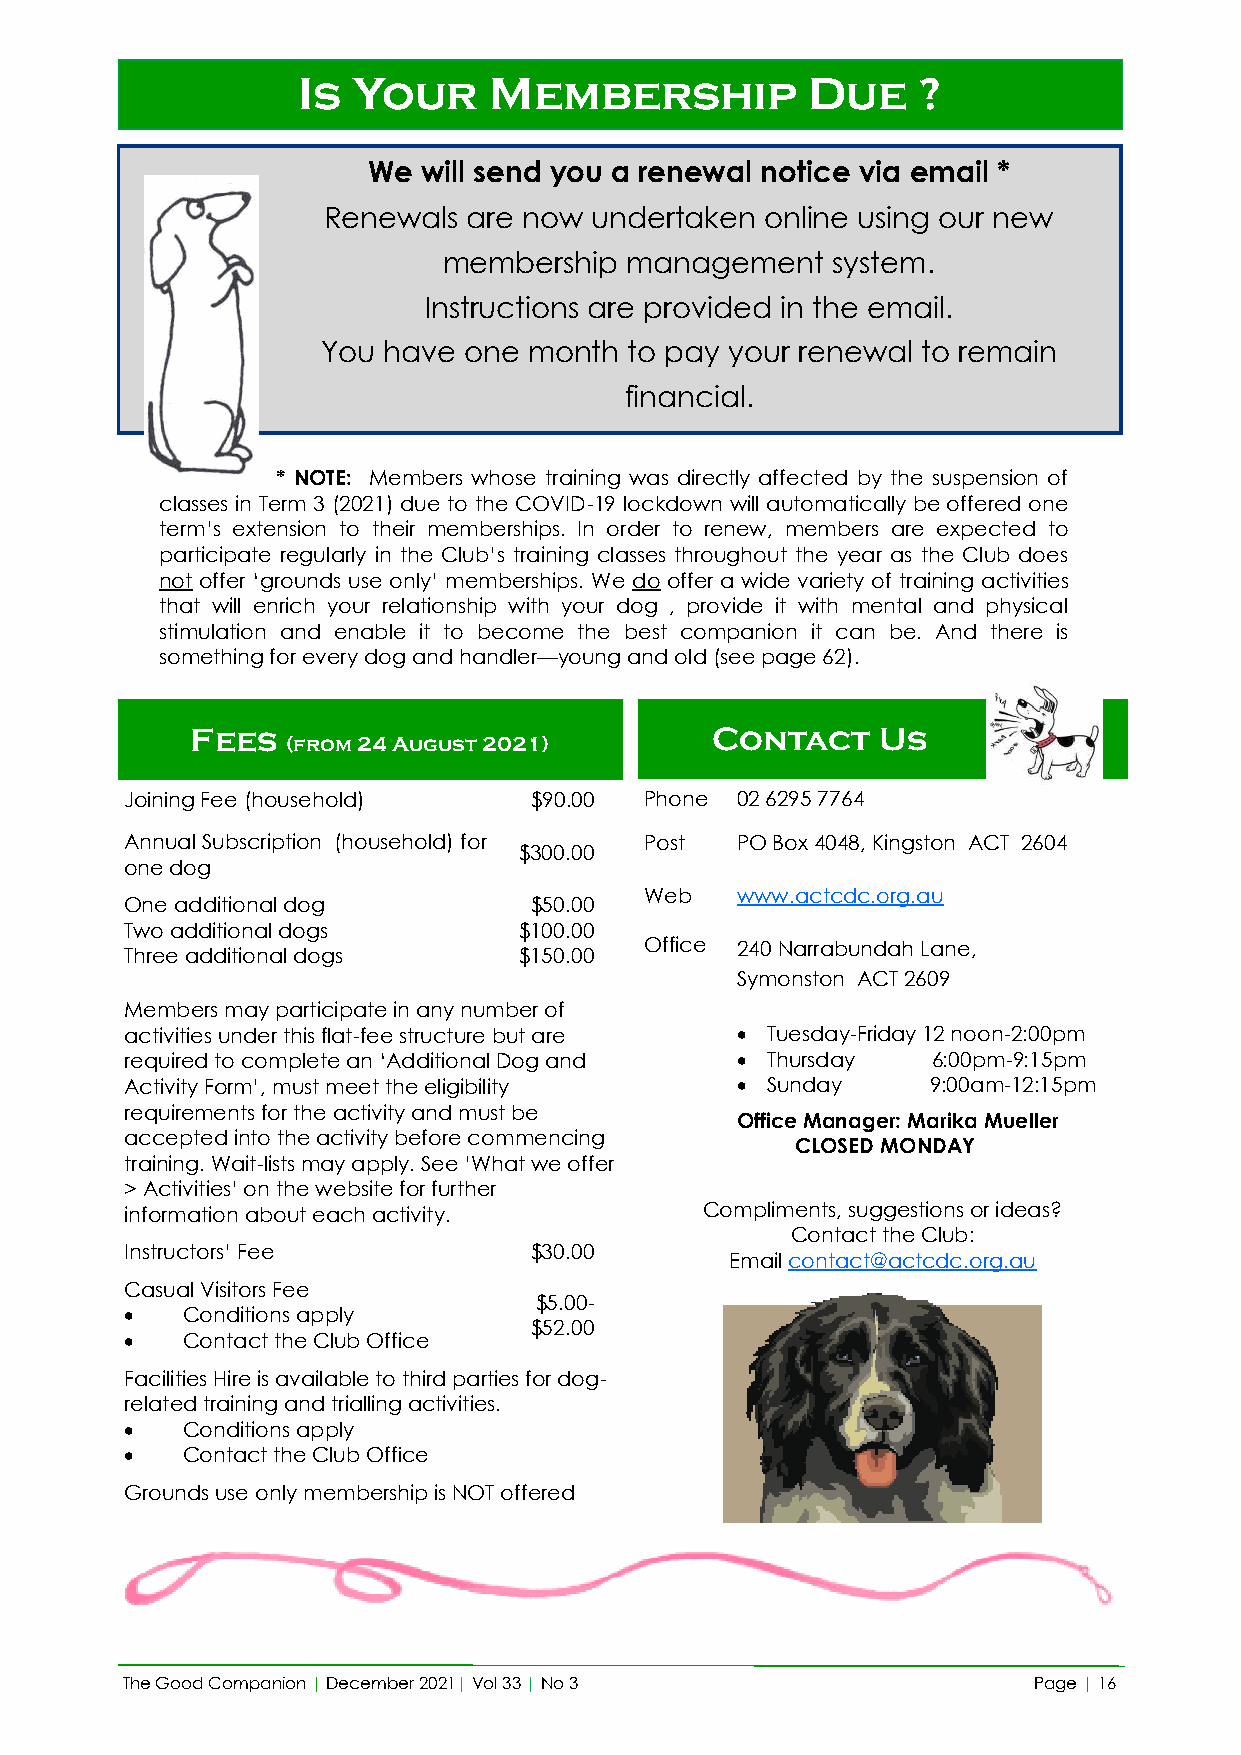
Is Your     Membership           Due     ?
 We  will send you a renewal notice via email *
 Renewals  are now undertaken  online using our new
 membership  management    system.
 Instructions are provided in the email.
 You have  one month  to pay your renewal to remain
 financial.
 * NOTE: Members whose training was directly affected by the suspension of
 classes in Term 3 (2021) due to the COVID-19 lockdown will automatically be offered one
 term’s extension to their memberships. In order to renew, members are expected to
 participate regularly in the Club’s training classes throughout the year as the Club does
 not offer ‘grounds use only’ memberships. We do offer a wide variety of training activities
 that will enrich your relationship with your dog , provide it with mental and physical
 stimulation and enable it to become the best companion it can be. And there is
 something for every dog and handler—young and old (see page 62).
 Fees                              Contact    Us
 (from 24 August 2021)
 Joining Fee (household)    $90.00  Phone 02 6295 7764
 Annual Subscription (household) for Post PO Box 4048, Kingston ACT 2604
 $300.00
 one dog
 Web   www.actcdc.org.au
 One additional dog         $50.00
 Two additional dogs       $100.00
 Office 240 Narrabundah Lane,
 Three additional dogs     $150.00
 Symonston ACT 2609
 Members may participate in any number of
 activities under this flat-fee structure but are • Tuesday-Friday 12 noon-2:00pm
 required to complete an ‘Additional Dog and • Thursday 6:00pm-9:15pm
 Activity Form’, must meet the eligibility • Sunday    9:00am-12:15pm
 requirements for the activity and must be
 Office Manager: Marika Mueller
 accepted into the activity before commencing
 CLOSED MONDAY
 training. Wait-lists may apply. See ’What we offer
 > Activities’ on the website for further
 information about each activity.       Compliments, suggestions or ideas?
 Contact the Club:
 Instructors’ Fee           $30.00
 Email contact@actcdc.org.au
 Casual Visitors Fee
 $5.00-
 •   Conditions apply
 $52.00
 •   Contact the Club Office
 Facilities Hire is available to third parties for dog-
 related training and trialling activities.
 •   Conditions apply
 •   Contact the Club Office
 Grounds use only membership is NOT offered
 The Good Companion | December 2021| Vol 33 | No 3           Page | 16